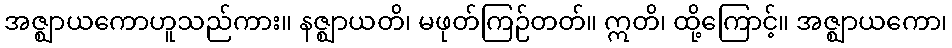
အဇ္ဈာယကောဟူသည်ကား။ နဇ္ဈာယတိ၊ မဖုတ်ကြဉ်တတ်။ ဣတိ၊ ထို့ကြောင့်။ အဇ္ဈာယကော၊